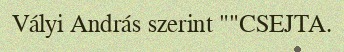
Vályi András szerint ""CSEJTA.